Annual report on the Civil Veterinary Department, Burma (including the Insein Veterinary School) - 1932-1941
Year: 1932
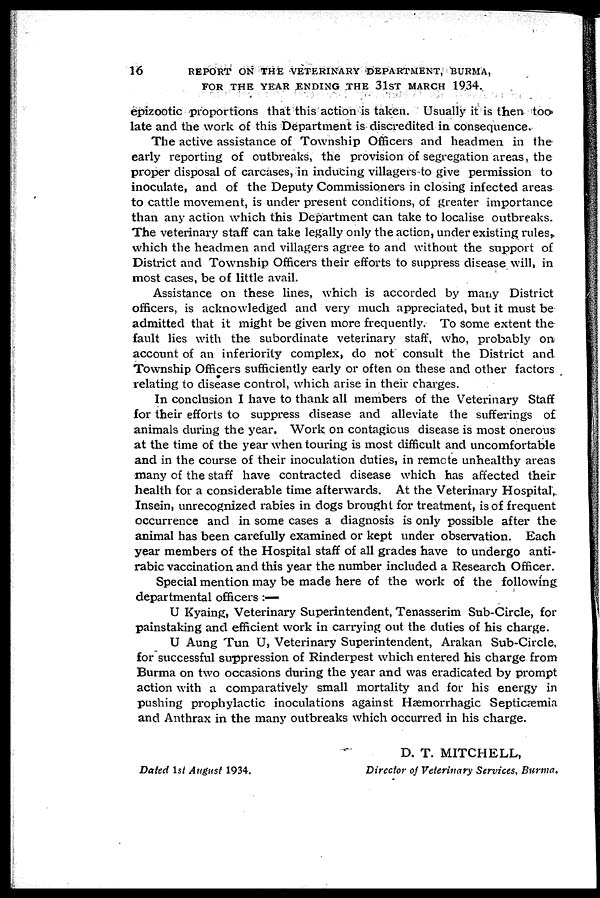
16
REPORT ON THE VETERINARY DEPARTMENT, BURMA,
FOR THE YEAR ENDING THE 31ST MARCH 1934.
epizootic proportions that this action is taken. Usually it is then too
late and the work of this Department is discredited in consequence.
The active assistance of Township Officers and headmen in the
early reporting of outbreaks, the provision of segregation areas, the
proper disposal of carcases, in inducing villagers to give permission to
inoculate, and of the Deputy Commissioners in closing infected areas
to cattle movement, is under present conditions, of greater importance
than any action which this Department can take to localise outbreaks.
The veterinary staff can take legally only the action, under existing rules,
which the headmen and villagers agree to and without the support of
District and Township Officers their efforts to suppress disease will, in
most cases, be of little avail.
Assistance on these lines, which is accorded by many District
officers, is acknowledged and very much appreciated, but it must be
admitted that it might be given more frequently. To some extent the
fault lies with the subordinate veterinary staff, who, probably on
account of an inferiority complex, do not consult the District and
Township Officers sufficiently early or often on these and other factors
relating to disease control, which arise in their charges.
In conclusion I have to thank all members of the Veterinary Staff
for their efforts to suppress disease and alleviate the sufferings of
animals during the year. Work on contagious disease is most onerous
at the time of the year when touring is most difficult and uncomfortable
and in the course of their inoculation duties, in remote unhealthy areas
many of the staff have contracted disease which has affected their
health for a considerable time afterwards. At the Veterinary Hospital,
Insein, unrecognized rabies in dogs brought for treatment, is of frequent
occurrence and in some cases a diagnosis is only possible after the
animal has been carefully examined or kept under observation. Each
year members of the Hospital staff of all grades have to undergo anti-
rabic vaccination and this year the number included a Research Officer.
Special mention may be made here of the work of the following
departmental officers :—
U Kyaing, Veterinary Superintendent, Tenasserim Sub-Circle, for
painstaking and efficient work in carrying out the duties of his charge.
U Aung Tun U, Veterinary Superintendent, Arakan Sub-Circle,
for successful suppression of Rinderpest which entered his charge from
Burma on two occasions during the year and was eradicated by prompt
action with a comparatively small mortality and for his energy in
pushing prophylactic inoculations against Hæmorrhagic Septicæmia
and Anthrax in the many outbreaks which occurred in his charge.
D. T. MITCHELL,
Dated 1st August 1934.
Director of Veterinary Services, Burma.